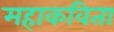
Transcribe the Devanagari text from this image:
महाकविता